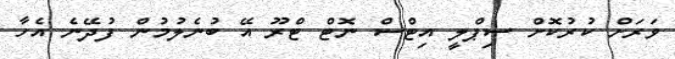
ވަރަށް ކުރުކޮށް ސިޕްލީ އިޓްސް ނޮޓް ޓްރޫ އޭ ބުނެލުމުން ފުދޭނެ އެހާ